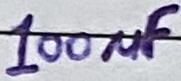
Text: 100µF